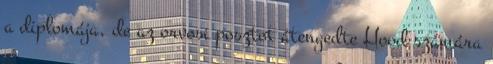
a diplomája, de az orvosi posztot átengedte Hood számára